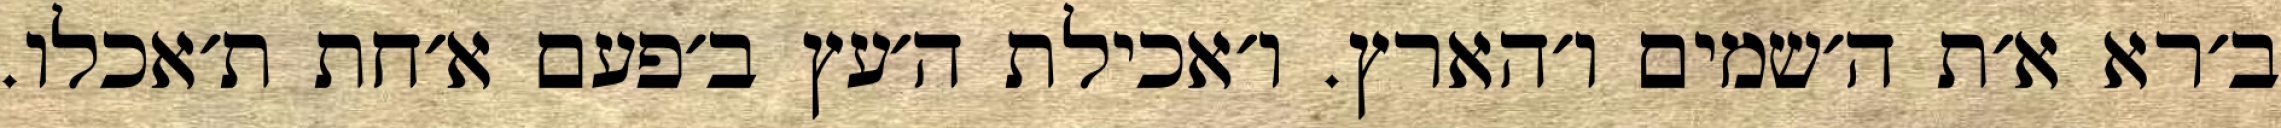
ב׳רא א׳ת ה׳שמים ו׳הארץ. ו׳אכילת ה׳עץ ב׳פעם א׳חת ת׳אכלו.